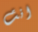
انت